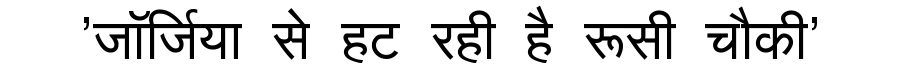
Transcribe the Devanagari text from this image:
'जॉर्जिया से हट रही है रूसी चौकी'